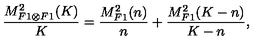
\frac { M _ { F 1 \otimes F 1 } ^ { 2 } ( K ) } { K } = \frac { M _ { F 1 } ^ { 2 } ( n ) } { n } + \frac { M _ { F 1 } ^ { 2 } ( K - n ) } { K - n } ,